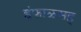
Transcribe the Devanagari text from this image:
इंफाळसह